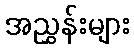
အညွှန်းများ